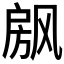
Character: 𰒴